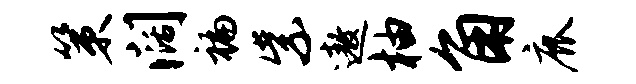
策阔褊紫遨柚角鹿